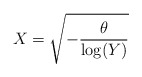
\begin{align*}X= \sqrt{ -\frac{\theta}{\log (Y)}}\end{align*}